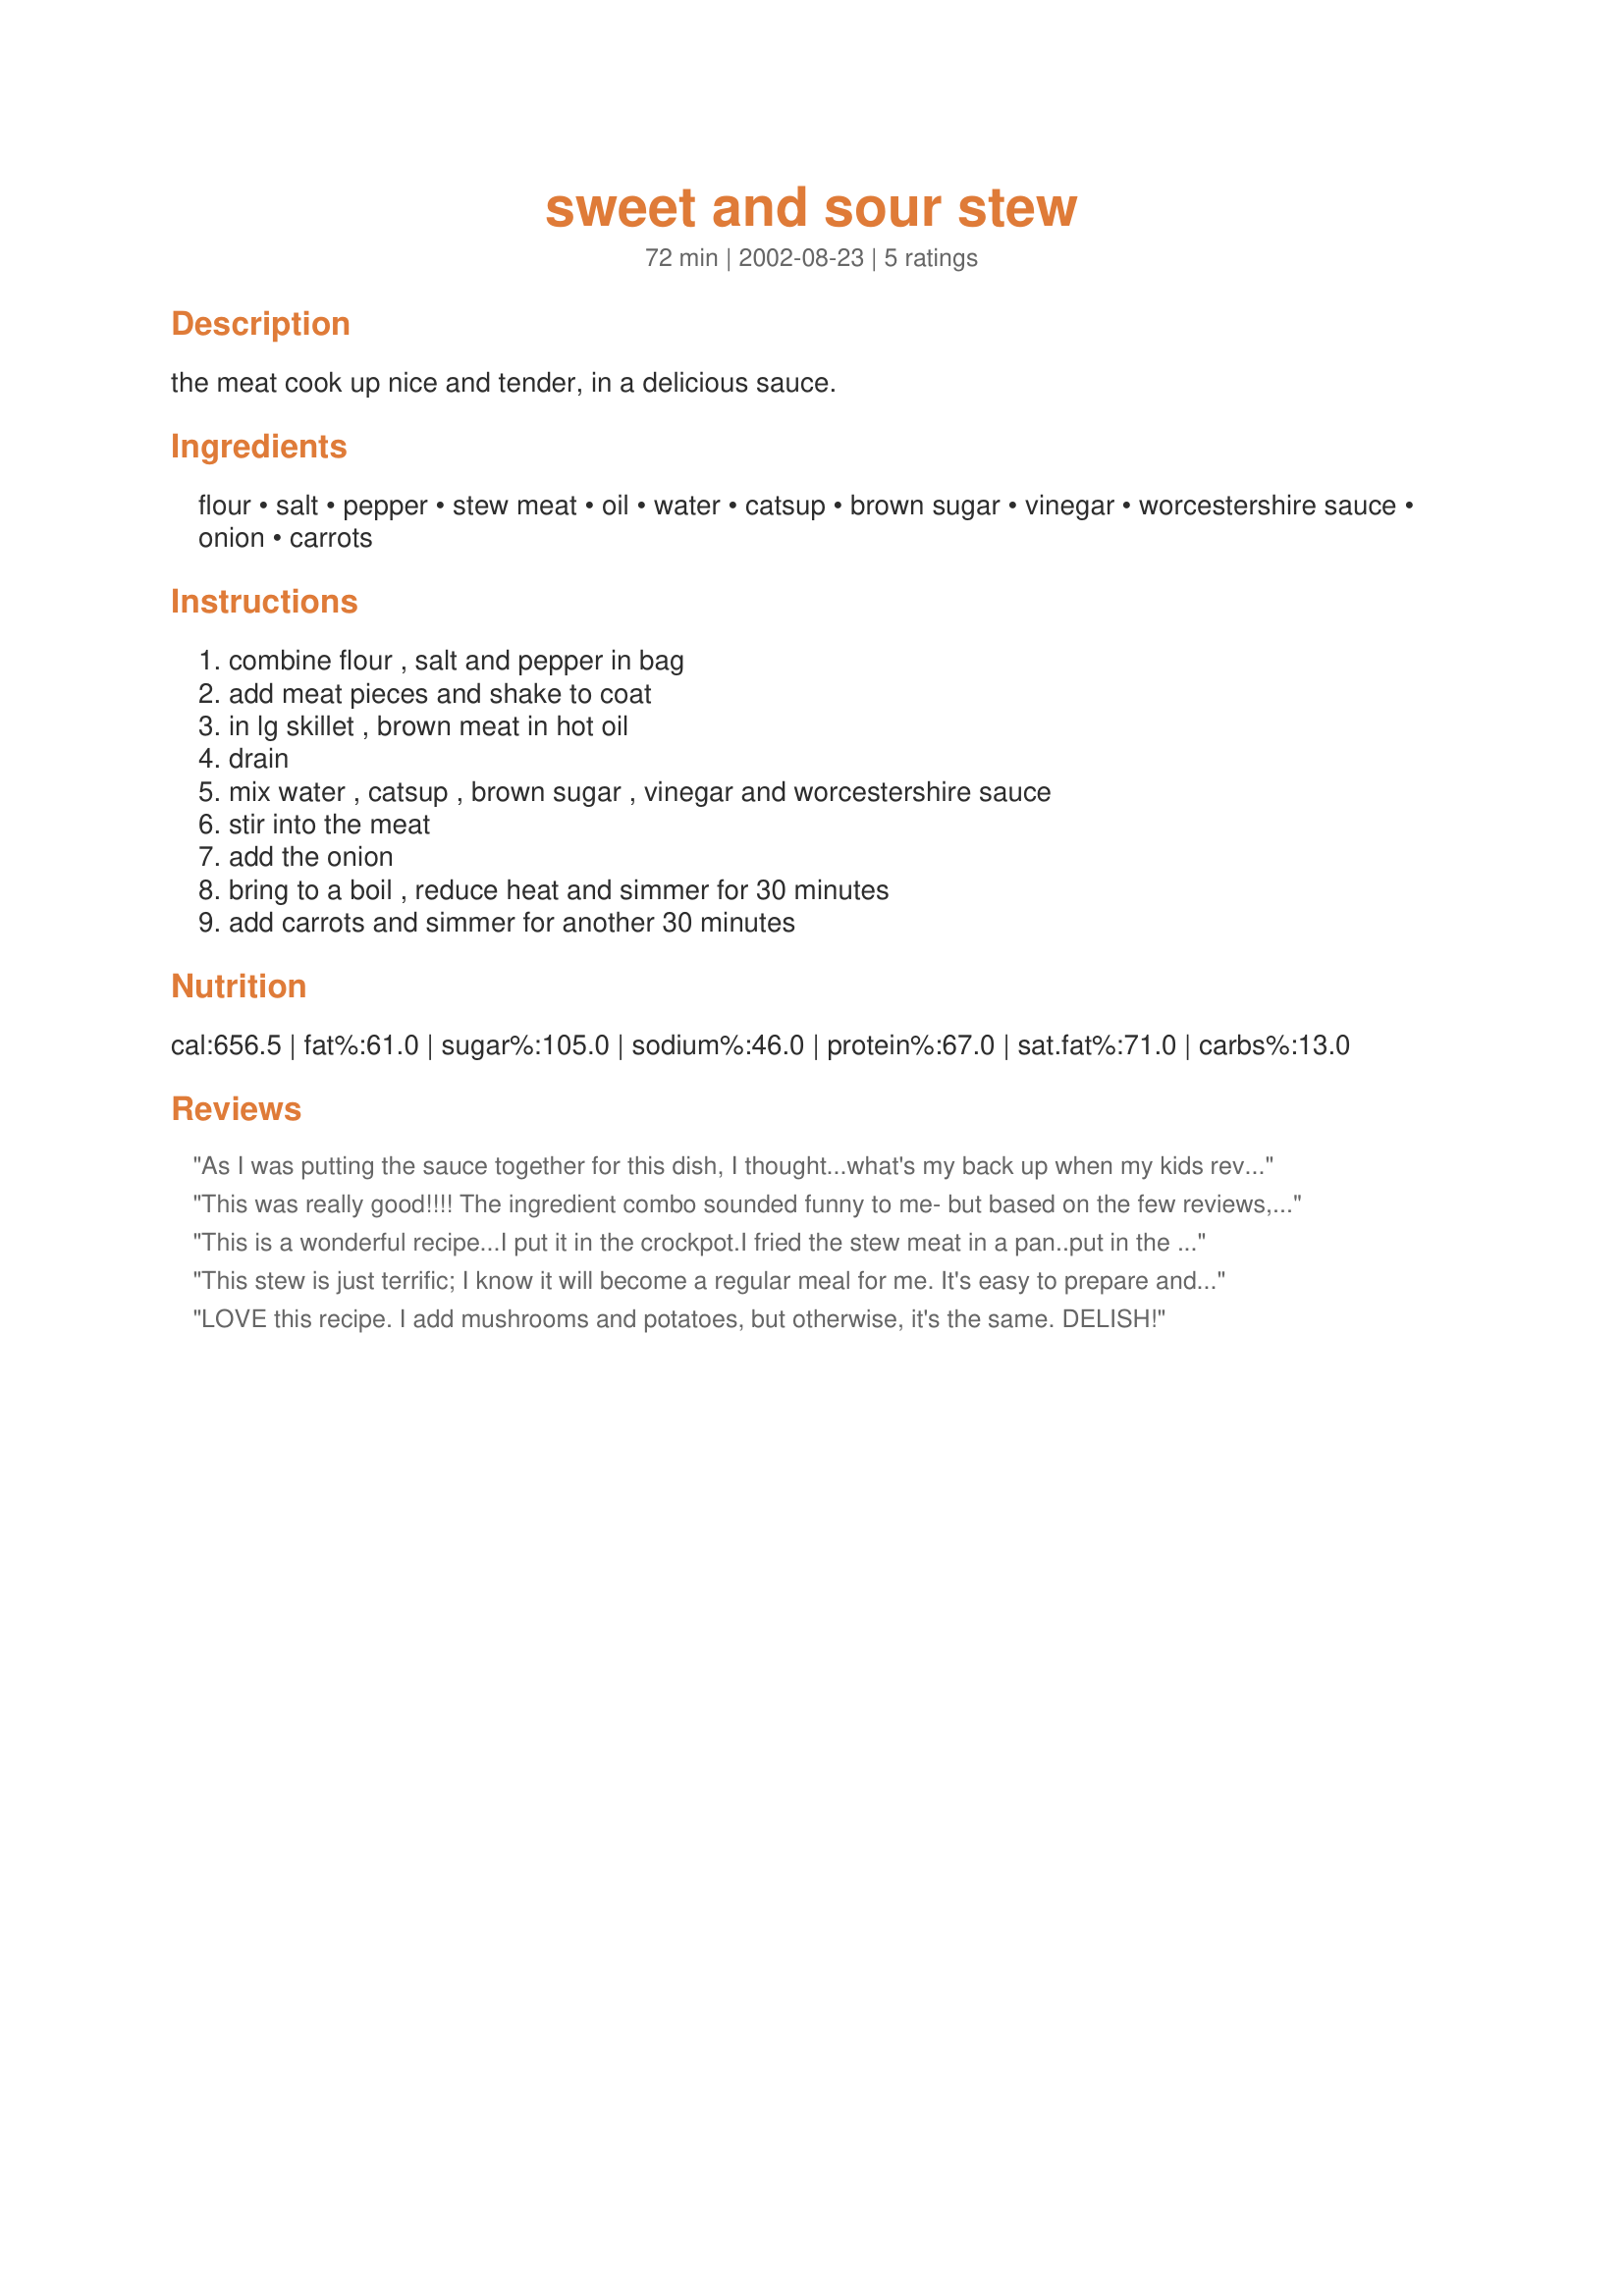
sweet and sour stew
Preparation time: 72 minutes

the meat cook up nice and tender, in a delicious sauce.

Ingredients:
flour, salt, pepper, stew meat, oil, water, catsup, brown sugar, vinegar, worcestershire sauce, onion, carrots

Steps:
combine flour , salt and pepper in bag, add meat pieces and shake to coat, in lg skillet , brown meat in hot oil, drain, mix water , catsup , brown sugar , vinegar and worcestershire sauce, stir into the meat, add the onion, bring to a boil , reduce heat and simmer for 30 minutes, add carrots and simmer for another 30 minutes

Reviews:
As I was putting the sauce together for this dish, I thought...what's my back up when my kids revolt? Turns out, I didn't need one! At initial mixing of ingredients, I thought we'd be eating glorified ketchup. But, the simmering time did it's magic and with a little addition of some "Magi" seasoning liquid, I loved it. I kept tasting, and tasting...just have to make sure the kids would agree. They were surprised as well and gave it a "9". Thanks for giving my recipe box a new jolt!!
This was really good!!!! The ingredient combo sounded funny to me- but based on the few reviews, I went for it. 

I did make a change- I dislike onions (especially a whole cup of them!) so I completely left them out. Otherwise- I followed the recipe!

I did have to put a lid on mine about 20 minutes through as I noticed when it was simmering that I was "losing liquid"- it was evaporating on me. So I had to add some water to give more liquid. After I put the lid on, it was good!

Both hubby and I really enjoyed it!! It was a unique taste- very very good! I would definitely make it again. Thanks!
This is a wonderful recipe...I put it in the crockpot.I fried the stew meat in a pan..put in the crockpot and added everythings else and let it go on low for about 3hrs or so.I was not in no big hurry for dinner..the smell was wonderful.
I served it over rice. Thank You
This stew is just terrific; I know it will become a regular meal for me. It's easy to prepare and easy to cook, it's made with inexpensive ingredients, it smells great while it cooks, and it's absolutely delicious. I didn't have a speck leftover. I followed the recipe closely, although I did make some minor adjustments. After browning the meat, I cooked the onion for a bit, and added 2 minced garlic cloves as well. Then, before the beef went back into the pot, I deglazed the pan with about 1/2 cup of red wine. I used baby carrots instead of chopping up larger carrots, and along with the carrots I added some fresh mushrooms too, cut into large slices. I also thickened the stew as well, using a paste of butter and flour, which I added about 10 minutes before the stew was done. This was soooo good, Inez; thanks for posting. It's a keeper, for sure!
LOVE this recipe. I add mushrooms and potatoes, but otherwise, it's the same. DELISH!
